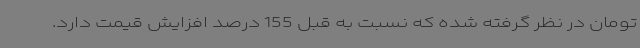
تومان در نظر گرفته‌ شده که نسبت به قبل 155 درصد افزایش قیمت دارد.